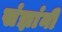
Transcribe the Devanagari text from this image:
संज्ञांनी